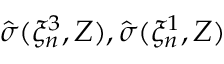
\hat { \sigma } ( \xi _ { n } ^ { 3 } , Z ) , \hat { \sigma } ( \xi _ { n } ^ { 1 } , Z )